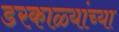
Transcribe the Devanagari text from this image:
डरकाळ्यांच्या